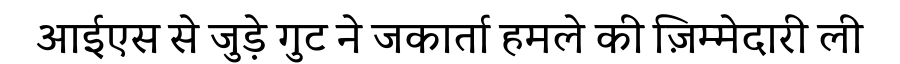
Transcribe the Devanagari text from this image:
आईएस से जुड़े गुट ने जकार्ता हमले की ज़िम्मेदारी ली